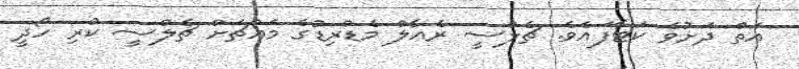
އަތް ދަށުވެ ކަޓާފައެވެ. ޗެލްސީ ރެއާލް މެޑްރިޑުގެ މައްޗަށް ޗެލްސީ ކުރި ހޯދީ